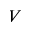
V